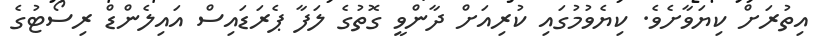
އިތުރަށް ކިޔަވާށެވެ. ކިޔެވުމުގައި ކުރިއަށް ދާންވީ ގޮތުގެ ލަފާ ޕެރަޑައިސް އައިލެންޑް ރިސޯޓުގެ